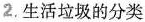
2.生活垃圾的分类